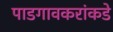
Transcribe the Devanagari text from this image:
पाडगावकरांकडे